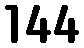
144